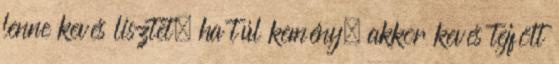
lenne kevés lisztet, ha túl kemény, akkor kevés tejfölt